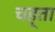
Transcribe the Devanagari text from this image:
चह्ता